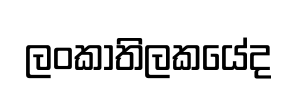
ලංකාතිලකයේද